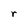
Character: r